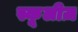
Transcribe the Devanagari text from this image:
स्कूलीज़